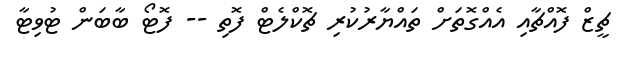
ޗީޒް ފޮއްޗާއި އެއްގޮތަށް ތައްޔާރުކުރި ޗޮކްލެޓް ފޮތި -- ފޮޓޯ ބާބަން ޓުވިޓާ